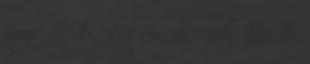
mag: 57 Fe, 119 Sn, 121 Sb, 125 Te.